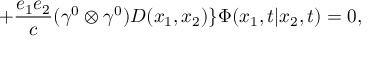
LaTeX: + \frac { e _ { 1 } e _ { 2 } } { c } ( { \gamma } ^ { 0 } \otimes { \gamma } ^ { 0 } ) D ( x _ { 1 } , x _ { 2 } ) \} { \Phi } ( x _ { 1 } , t | x _ { 2 } , t ) = 0 ,